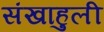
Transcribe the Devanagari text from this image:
संखाहुली